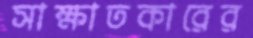
সাক্ষাতকারের